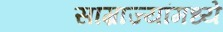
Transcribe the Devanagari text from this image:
साम्राज्यांमध्ये